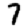
Digit: 7